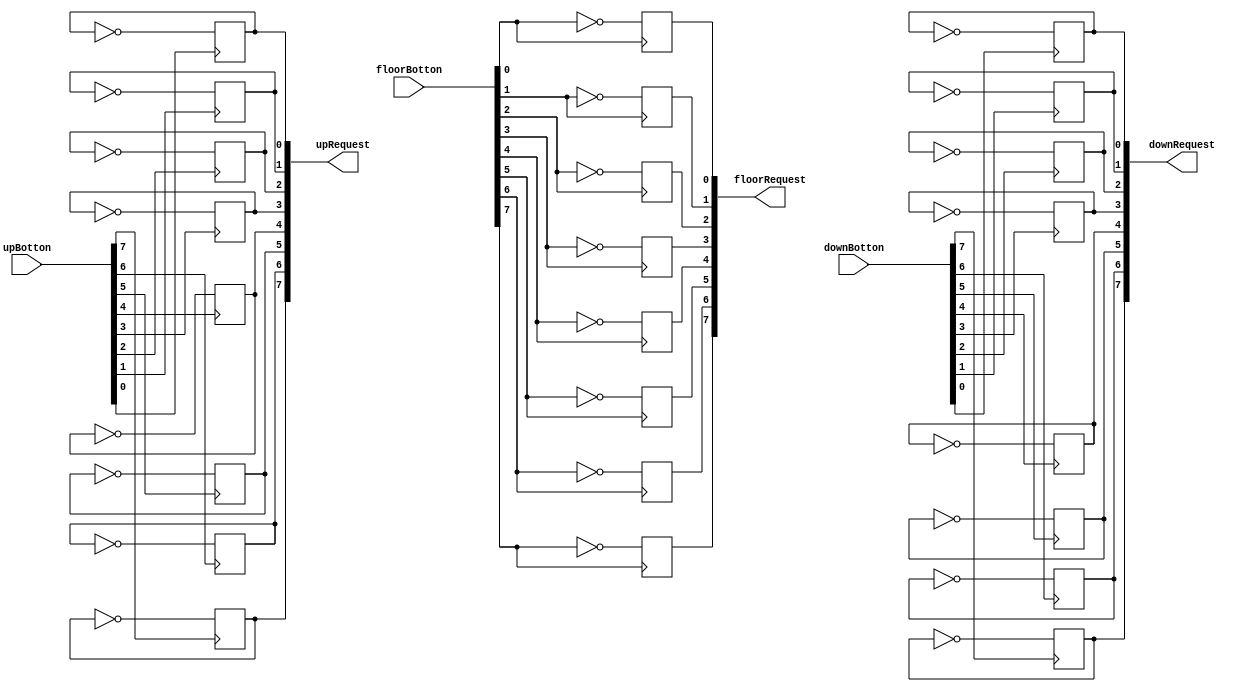
`timescale 1ns / 1ps
module checkRequest(upBotton, downBotton, floorBotton, upRequest, downRequest, floorRequest);
	parameter MAX_FLOOR = 8;
    input [7:0] upBotton, downBotton, floorBotton;
	output reg [7:0] upRequest, downRequest, floorRequest;
	genvar i;
	generate
		for(i = 0; i < MAX_FLOOR; i = i+1)begin
			always@(posedge upBotton[i])begin
				upRequest[i] <= !upRequest[i];
			end
		end
		for(i = 0; i < MAX_FLOOR; i = i+1)begin
			always@(posedge downBotton[i])begin
				downRequest[i] <= !downRequest[i];
			end
		end
		for(i = 0; i < MAX_FLOOR; i = i+1)begin
			always@(posedge floorBotton[i])begin
				floorRequest[i] <= !floorBotton[i];
			end
		end
	endgenerate
endmodule